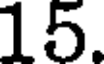
15.